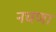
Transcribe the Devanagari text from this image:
नचणा